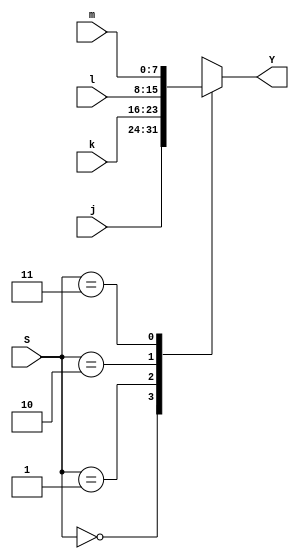
module alu_mux(
input[7:0] j,
input[7:0] k,
input[7:0] l,
input[7:0] m,
input[1:0] S,
output[7:0]Y
    );
    
reg[7:0] y_int;
always@(*) begin
    case(S)
        2'b00: y_int = j;
        2'b01: y_int = k;
        2'b10: y_int = l;
        2'b11: y_int = m;
        endcase
     end
        
      assign Y = y_int;
    
endmodule